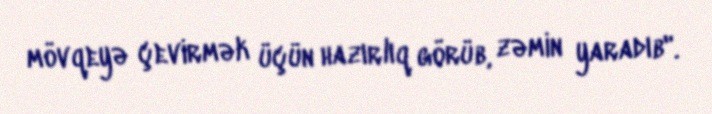
mövqeyə çevirmək üçün hazırlıq görüb, zəmin yaradıb".